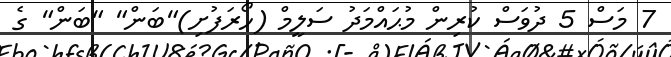
7 މަސް 5 ދުވަސް ކުރިން މުޙައްމަދު ސަލީމް (ހޯރަފުށި)"ބަން" "ބަން" ގެ